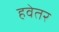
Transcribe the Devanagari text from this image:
हवेतर